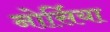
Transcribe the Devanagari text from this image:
नोर्सिया